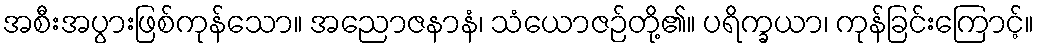
အစီးအပွားဖြစ်ကုန်သော။ အညောဇနာနံ၊ သံယောဇဉ်တို့၏။ ပရိက္ခယာ၊ ကုန်ခြင်းကြောင့်။